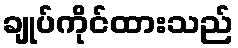
ချုပ်ကိုင်ထားသည်